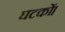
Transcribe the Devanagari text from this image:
घटकों।